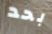
بحد